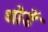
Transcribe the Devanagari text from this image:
थोडें